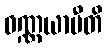
ဝဏ္ဏယာမီတိ